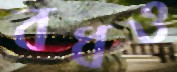
বধও